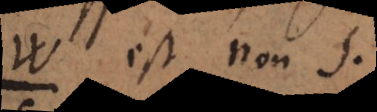
est non s.